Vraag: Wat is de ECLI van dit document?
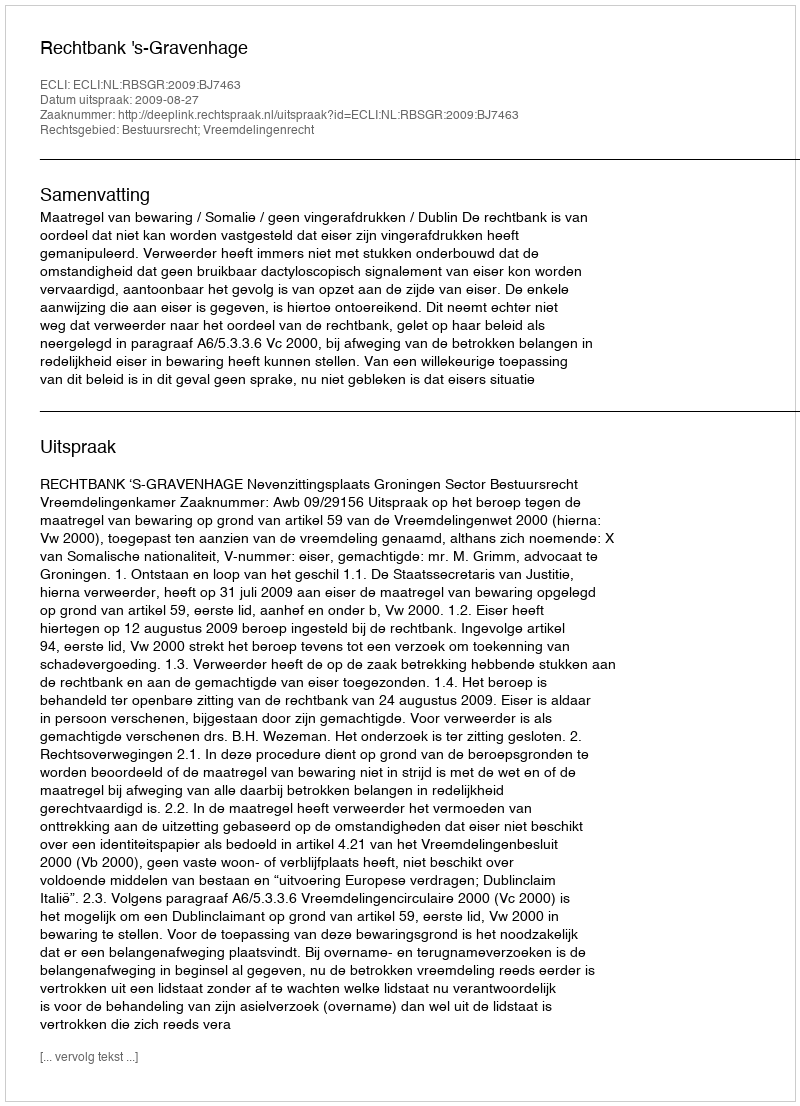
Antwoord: ECLI:NL:RBSGR:2009:BJ7463